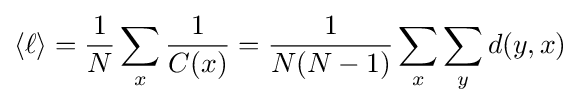
\langle \ell \rangle ={\frac {1}{N}}\sum _{x}{\frac {1}{C(x)}}={\frac {1}{N(N-1)}}\sum _{x}\sum _{y}d(y,x)